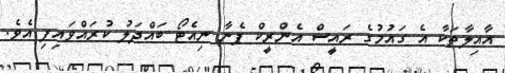
އާއިލާތަކާ އެ ގައުމުގެ ރައީސް އެންރީކް ޕެނާ ނިއެޓޯ ބައްދަލު ކުރައްވައިފި އެވެ.